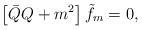
LaTeX: \begin{align*}\left[\bar{Q}Q+m^2\right]\tilde{f}_m=0,\end{align*}